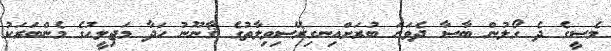
މެސީގެ ދެ ގޯލުން ބާސާ ދެވަނަ ބުރަށްއިނގިރޭސިވިލާތުގެ ޤާނޫނު ހަދާ މަޖިލީހުގެ މެންބަރަކު